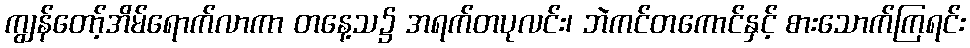
ကျွန်တော့်အိမ်ရောက်လာကာ တနေ့သ၌ အရက်တပုလင်း၊ ဘဲကင်တကောင်နှင့် စားသောက်ကြရင်း